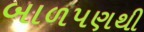
બાળપણથી